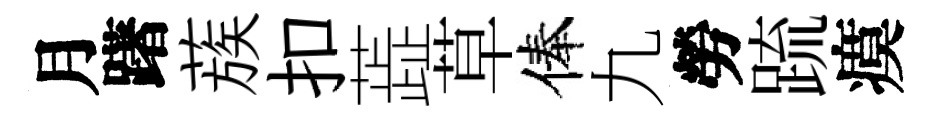
月躇蔟扣蕋草俸九勞䟽瘼